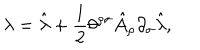
\lambda = \hat { \lambda } + \frac { 1 } { 2 } \theta ^ { \rho \sigma } \hat { A } _ { \rho } \partial _ { \sigma } \hat { \lambda } ,